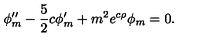
\phi _ { m } ^ { \prime \prime } - \frac { 5 } { 2 } c \phi _ { m } ^ { \prime } + m ^ { 2 } e ^ { c \rho } \phi _ { m } = 0 .